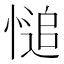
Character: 𢟋